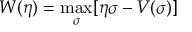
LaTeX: W ( \eta ) = \operatorname * { m a x } _ { \sigma } [ \eta \sigma - V ( \sigma ) ]